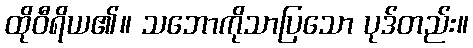
ထိုဝီရိယ၏။ သဘောကိုသာပြသော ပုဒ်တည်း။